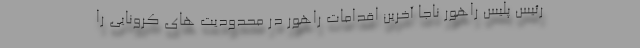
رئیس پلیس راهور ناجا آخرین اقدامات راهور در محدودیت های کرونایی را